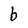
Character: b